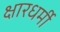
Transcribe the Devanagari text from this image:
क्षारधर्मी